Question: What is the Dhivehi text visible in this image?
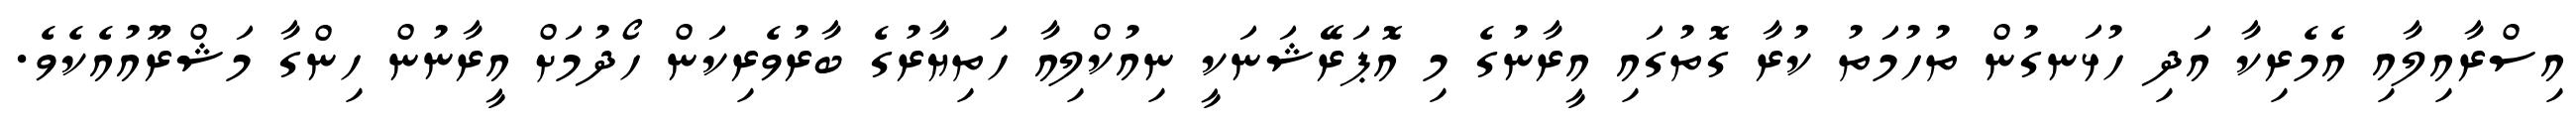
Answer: އިސްރާއިލާއި އެމެރިކާ އަދި ހުޅަނގުން ތުހުމަތު ކުރާ ގޮތުގައި އީރާނުގެ މި އޮޕަރޭޝަނަކީ ނިއުކްލިއާ ހަތިޔާރުގެ ބާރުވެރިކަން ހޯދުމަށް އީރާނުން ހިންގާ މަޝްރޫއުއެކެވެ.